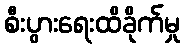
စီးပွားရေးထိခိုက်မှု